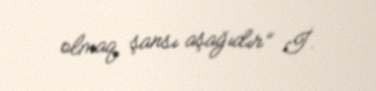
olmaq şansı aşağıdır” İ.